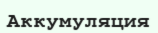
Аккумуляция